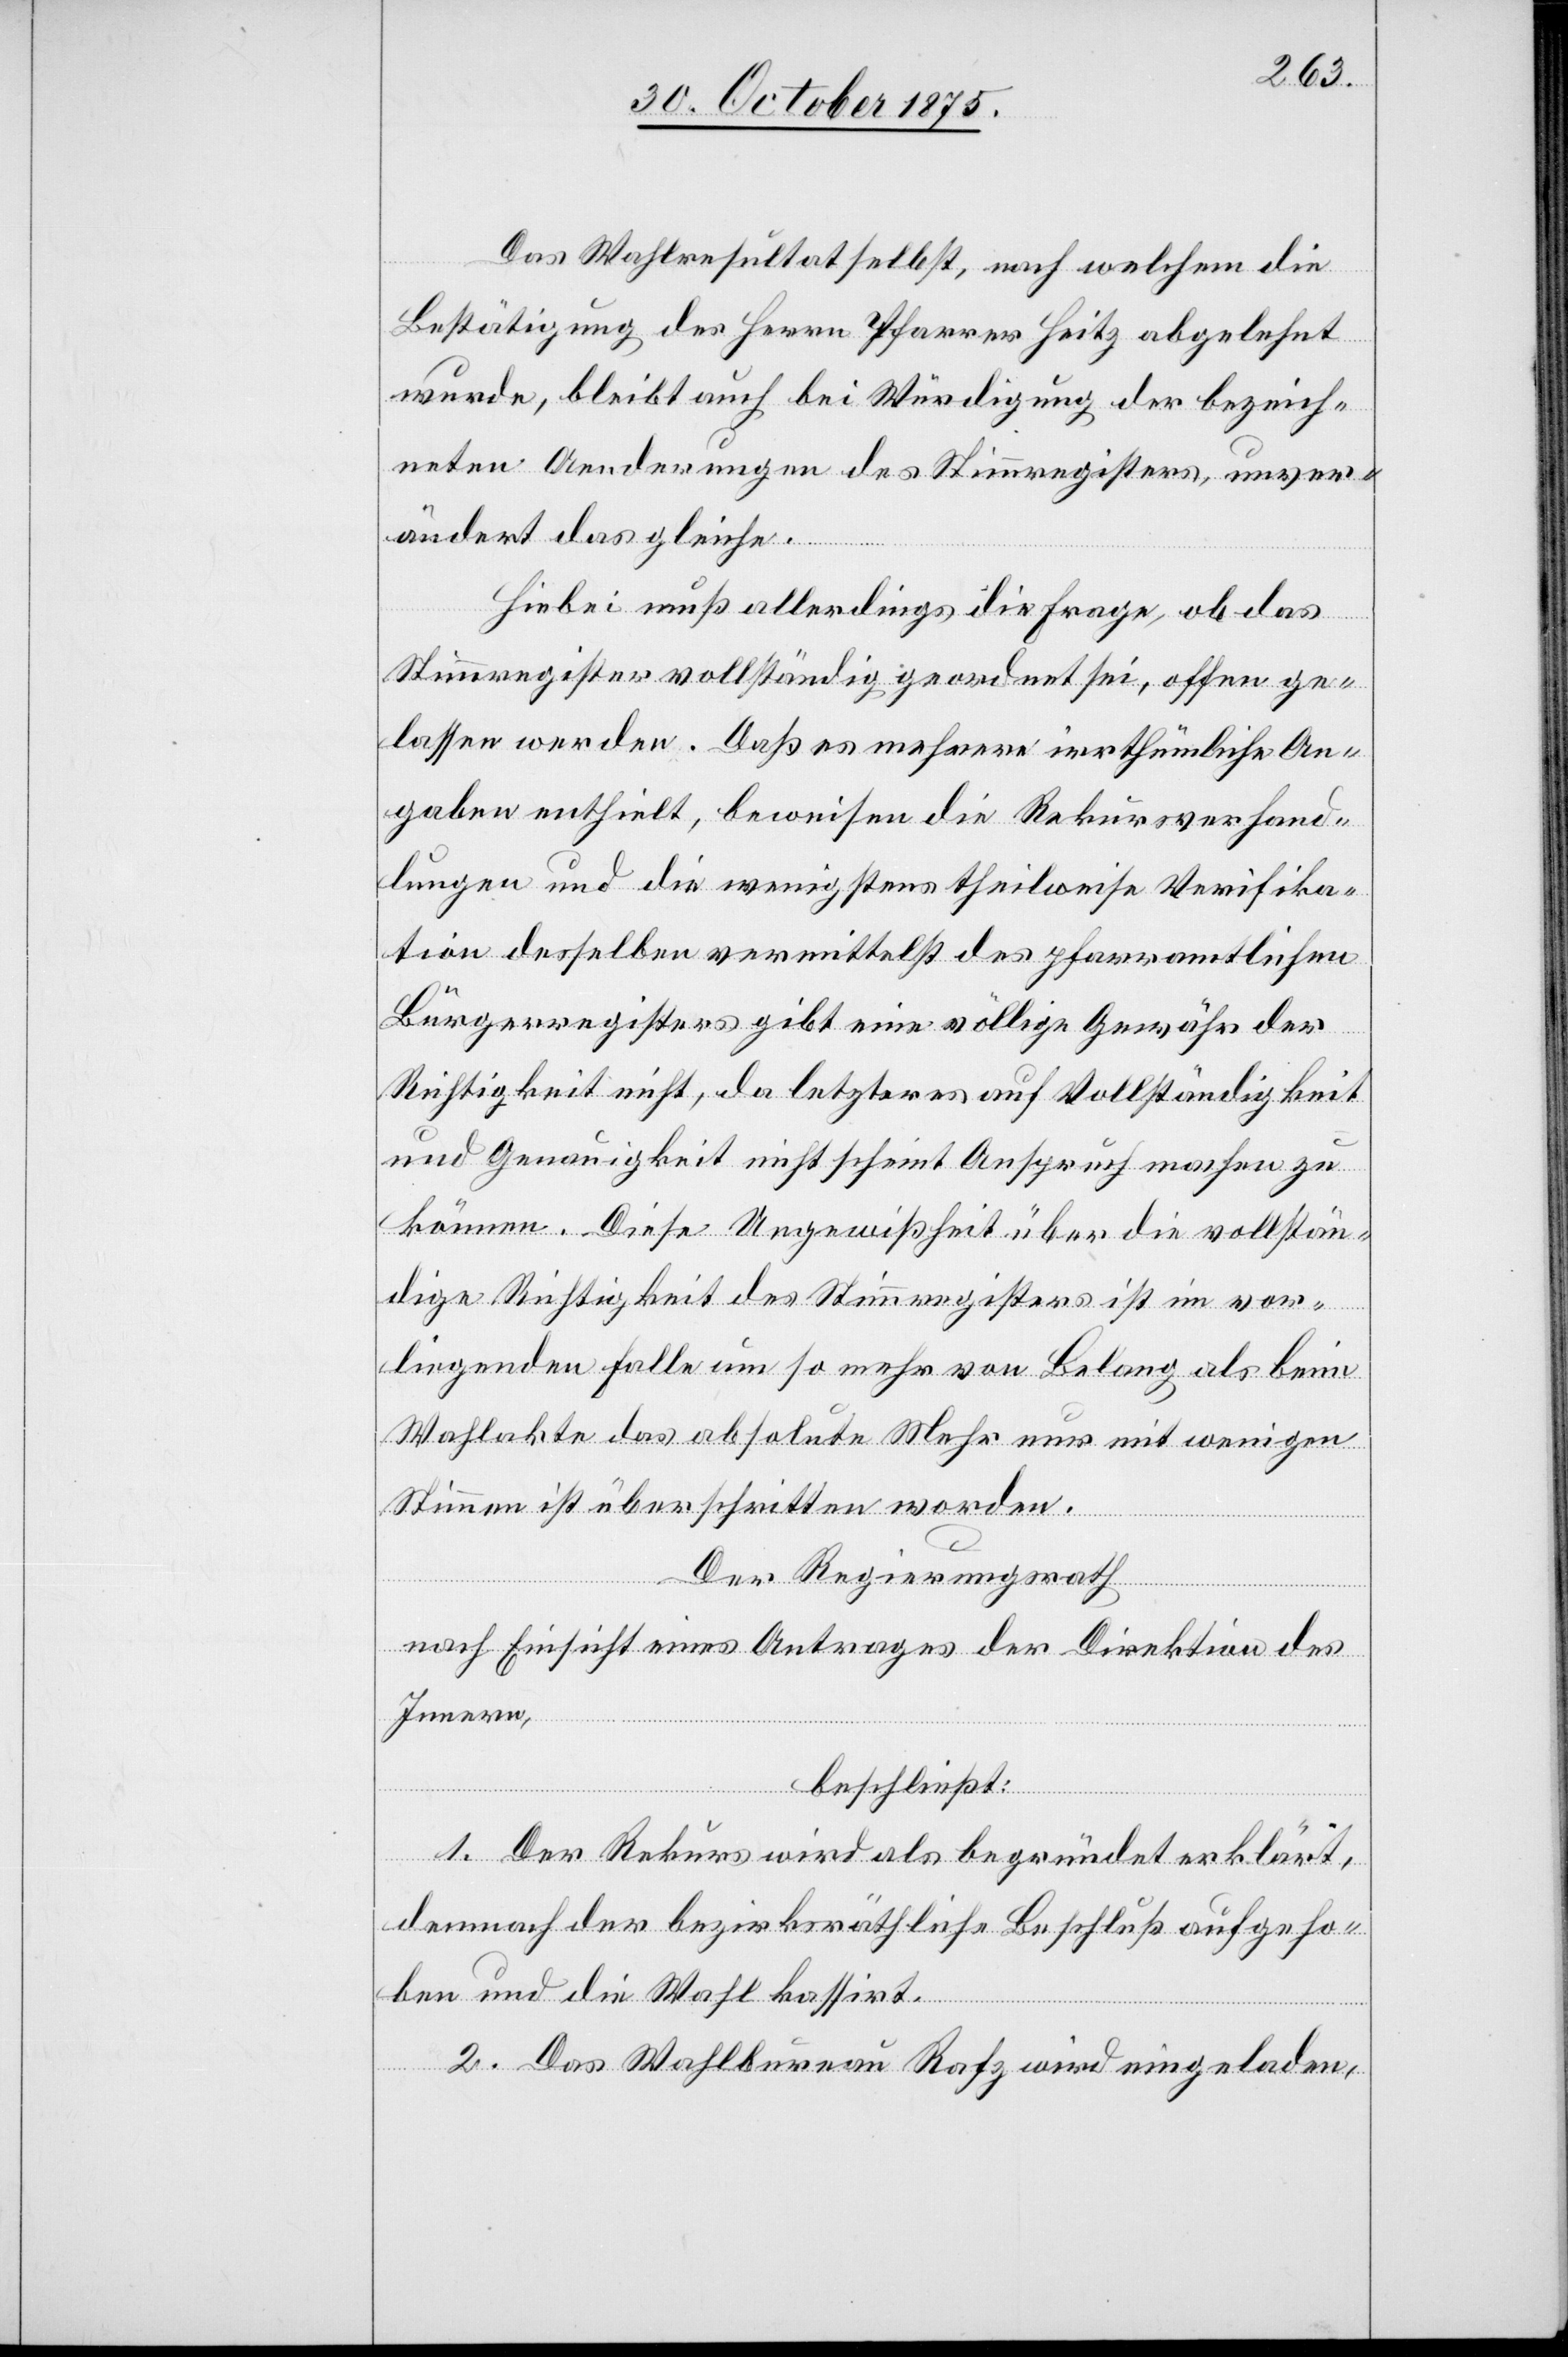
Das Wahlresultat selbst, nach welchem die
Bestätigung des Herrn Pfarrer Heitz abgelehnt
wurde, bleibt auch bei Würdigung der bezeich¬
neten Aenderungen des Stimmregisters, unver¬
ändert das gleiche.
Hiebei muß allerdings die Frage, ob das
Stimmregister vollständig geordnet sei, offen ge¬
lassen werden. Daß es mehrere irrthümliche An¬
gaben enthielt, beweisen die Rekursverhand¬
lungen und die wenigstens theilweise Verifika¬
tion desselben vermittelst des pfarramtlichen
Bürgerregisters gibt eine völlige Gewähr der
Richtigkeit nicht, da letzteres auf Vollständigkeit
und Genauigkeit nicht scheint Anspruch machen zu
können. Diese Ungewißheit über die vollstän¬
dige Richtigkeit des Stimmregisters ist im vor¬
liegenden Falle um so mehr von Belang als beim
Wahlakte das absolute Mehr nur mit wenigen
Stimmen ist überschritten worden.
Der Regierungsrath
nach Einsicht eines Antrages der Direktion des
Innern,
beschließt:
1. Der Rekurs wird als begründet erklärt,
demnach der bezirksräthliche Beschluß aufgeho¬
ben und die Wahl kassirt.
2. Das Wahlbureau Rafz wird eingeladen,